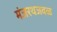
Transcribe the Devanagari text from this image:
मंजरथजवळ